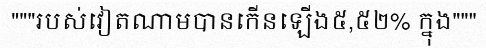
"""របស់វៀតណាមបានកើនឡើង៥,៥២% ក្នុង"""